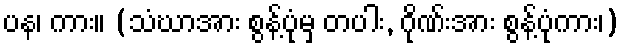
ပန၊ ကား။ (သံဃာအား စွန့်ပုံမှ တပါး, ဂိုဏ်းအား စွန့်ပုံကား၊)